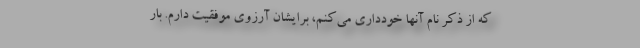
که از ذکر نام آنها خودداری می‌کنم، برایشان آرزوی موفقیت دارم. بار